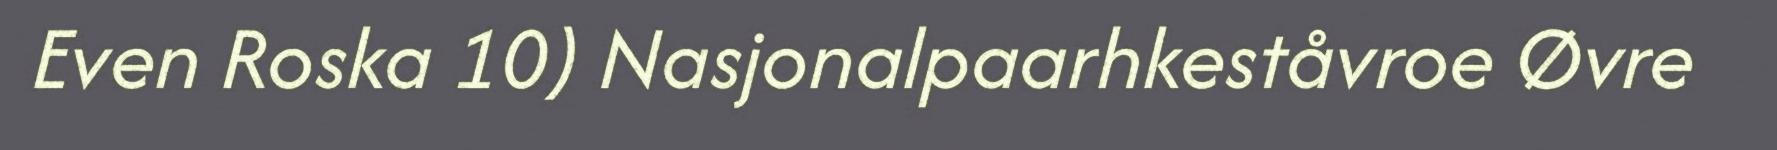
Even Roska 10) Nasjonalpaarhkeståvroe Øvre